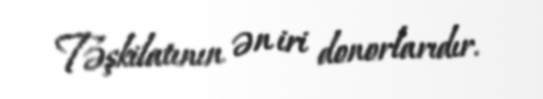
Təşkilatının ən iri donorlarıdır.